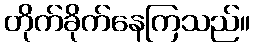
တိုက်ခိုက်နေကြသည်။